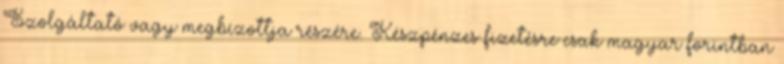
Szolgáltató vagy megbízottja részére. Készpénzes fizetésre csak magyar forintban